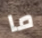
ما